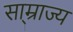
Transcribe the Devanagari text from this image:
सा्म्राज्य